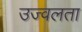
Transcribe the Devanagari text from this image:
उज्वलता